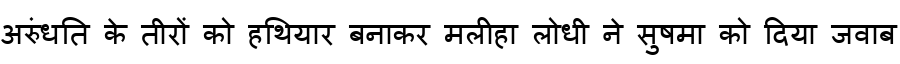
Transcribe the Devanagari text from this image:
अरुंधति के तीरों को हथियार बनाकर मलीहा लोधी ने सुषमा को दिया जवाब